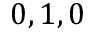
0 , 1 , 0